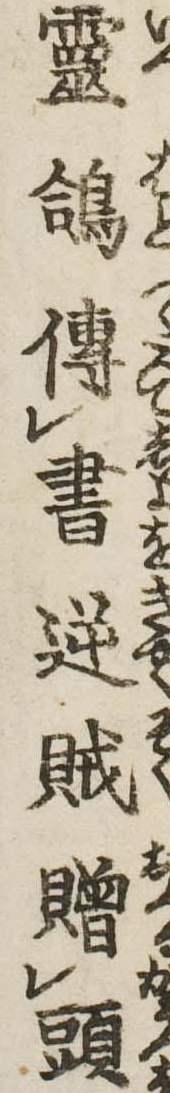
霊鴿伝書逆賊贈頭